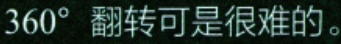
$360^{\circ}$ 翻转可是很难的。